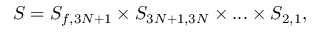
S = S _ { f , 3 N + 1 } \times S _ { 3 N + 1 , 3 N } \times . . . \times S _ { 2 , 1 } ,